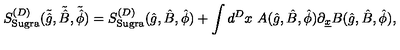
S _ { \mathrm { { S u g r a } } } ^ { ( D ) } ( \tilde { \hat { g } } , \tilde { \hat { B } } , \tilde { \hat { \phi } } ) = S _ { \mathrm { S u g r a } } ^ { ( D ) } ( \hat { g } , \hat { B } , \hat { \phi } ) + \int d ^ { D } x \ A ( \hat { g } , \hat { B } , \hat { \phi } ) \partial _ { \underline { { x } } } B ( \hat { g } , \hat { B } , \hat { \phi } ) ,